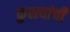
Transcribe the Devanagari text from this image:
कुस्त्यांची